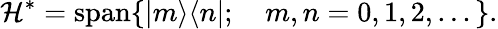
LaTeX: \mathcal{H}^{*}=\mathrm{span}\{ |m\rangle\langle n|;\quad m,n=0,1,2,...\} .